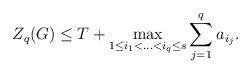
LaTeX: \begin{align*} Z_q(G)\le T+\max_{1 \le i_1<\ldots<i_q \le s} \sum_{j=1}^q a_{i_j}. \end{align*}